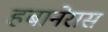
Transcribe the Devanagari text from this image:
हबानेरास